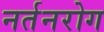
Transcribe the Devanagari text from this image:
नर्तनरोग